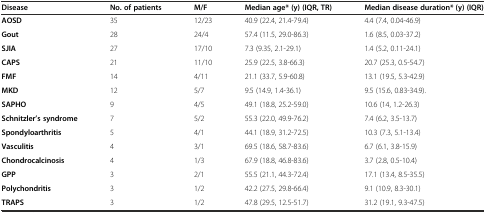
<table><thead><tr><td><b>Disease</b></td><td><b>No. of patients</b></td><td><b>M/F</b></td><td><b>Median age*(y) (IQR, TR)</b></td><td><b>Median disease duration*(y) (IQR)</b></td></tr></thead><tbody><tr><td><b>AOSD</b></td><td>35</td><td>12/23</td><td>40.9 (22.4, 21.4-79.4)</td><td>4.4 (7.4, 0.04-46.9)</td></tr><tr><td><b>Gout</b></td><td>28</td><td>24/4</td><td>57.4 (11.5, 29.0-86.3)</td><td>1.6 (8.5, 0.03-37.2)</td></tr><tr><td><b>SJIA</b></td><td>27</td><td>17/10</td><td>7.3 (9.35, 2.1-29.1)</td><td>1.4 (5.2, 0.11-24.1)</td></tr><tr><td><b>CAPS</b></td><td>21</td><td>11/10</td><td>25.9 (22.5, 3.8-66.3)</td><td>20.7 (25.3, 0.5-54.7)</td></tr><tr><td><b>FMF</b></td><td>14</td><td>4/11</td><td>21.1 (33.7, 5.9-60.8)</td><td>13.1 (19.5, 5.3-42.9)</td></tr><tr><td><b>MKD</b></td><td>12</td><td>5/7</td><td>9.5 (14.9, 1.4-36.1)</td><td>9.5 (15.6, 0.83-34.9).</td></tr><tr><td><b>SAPHO</b></td><td>9</td><td>4/5</td><td>49.1 (18.8, 25.2-59.0)</td><td>10.6 (14, 1.2-26.3)</td></tr><tr><td><b>Schnitzler’s syndrome</b></td><td>7</td><td>5/2</td><td>55.3 (22.0, 49.9-76.2)</td><td>7.4 (6.2, 3.5-13.7)</td></tr><tr><td><b>Spondyloarthritis</b></td><td>5</td><td>4/1</td><td>44.1 (18.9, 31.2-72.5)</td><td>10.3 (7.3, 5.1-13.4)</td></tr><tr><td><b>Vasculitis</b></td><td>4</td><td>3/1</td><td>69.5 (18.6, 58.7-83.6)</td><td>6.7 (6.1, 3.8-15.9)</td></tr><tr><td><b>Chondrocalcinosis</b></td><td>4</td><td>1/3</td><td>67.9 (18.8, 46.8-83.6)</td><td>3.7 (2.8, 0.5-10.4)</td></tr><tr><td><b>GPP</b></td><td>3</td><td>2/1</td><td>55.5 (21.1, 44.3-72.4)</td><td>17.1 (13.4, 8.5-35.5)</td></tr><tr><td><b>Polychondritis</b></td><td>3</td><td>1/2</td><td>42.2 (27.5, 29.8-66.4)</td><td>9.1 (10.9, 8.3-30.1)</td></tr><tr><td><b>TRAPS</b></td><td>3</td><td>1/2</td><td>47.8 (29.5, 12.5-51.7)</td><td>31.2 (19.1, 9.3-47.5)</td></tr></tbody></table>